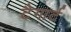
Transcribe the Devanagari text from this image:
टैगार्ट